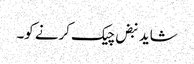
شاید نبض چیک کرنے کو۔